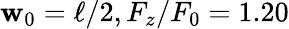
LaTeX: \mathbf{w}_{0}=\ell/2,F_{z}/F_{0}=1.20